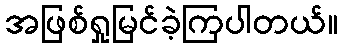
အဖြစ်ရှုမြင်ခဲ့ကြပါတယ်။